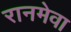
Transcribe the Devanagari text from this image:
रानमेवा